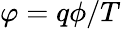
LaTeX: \varphi=q\phi/T